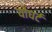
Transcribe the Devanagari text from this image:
योघर्ट